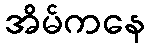
အိမ်ကနေ